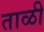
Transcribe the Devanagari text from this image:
ताळी